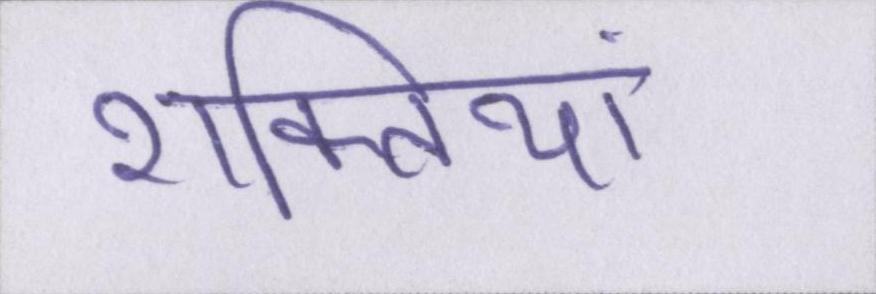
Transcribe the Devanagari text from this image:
शक्तियां